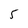
Character: 5